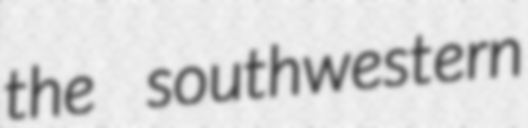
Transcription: the southwestern